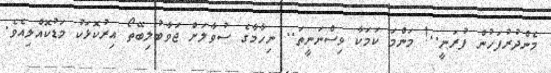
މެންދުރުފަހުން ފުރަނީ..! މަންމަ ކަމަކާ ވިސްނަނީތަ.. ނިހާމާގެ ސުވާލަށް ޖަވާބުލިބޭތޯ އިރުކޮޅަކު މަޑުކޮއްލިއެވެ.